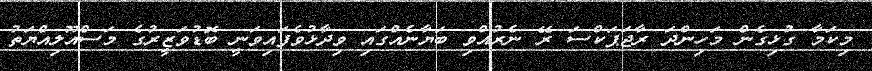
މިކަމާ ގުޅިގެން މަހިންދަ ރާޖަޕަކްސަ ރޭ ނެރުއްވި ބަޔާނެއްގައި ވިދާޅުވެފައިވަނީ ބޮޑުވަޒީރުގެ މަސްއޫލިއްޔަތު